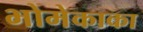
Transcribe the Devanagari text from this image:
भोमेकाका